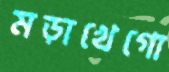
মড়াখেগো